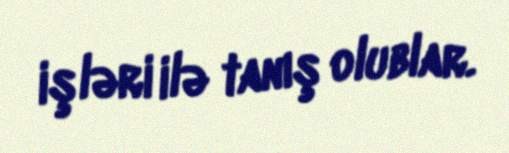
işləri ilə tanış olublar.